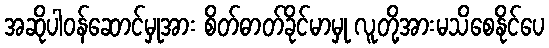
အဆိုပါဝန်ဆောင်မှုအား စိတ်ဓာတ်ခိုင်မာမှု လူတို့အားမသိစေနိုင်ပေ